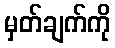
မှတ်ချက်ကို